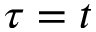
\tau = t